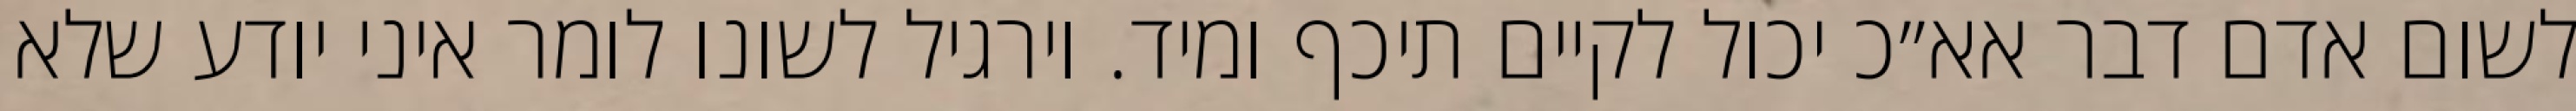
לשום אדם דבר אא״כ יכול לקיים תיכף ומיד. וירגיל לשונו לומר איני יודע שלא